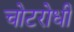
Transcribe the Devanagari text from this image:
चोटरोधी